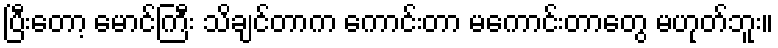
ပြီးတော့ မောင်ကြီး သိချင်တာက ကောင်းတာ မကောင်းတာတွေ မဟုတ်ဘူး။